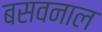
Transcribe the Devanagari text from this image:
बसवनाल